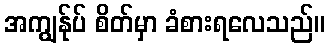
အကျွန်ုပ် စိတ်မှာ ခံစားရလေသည်။